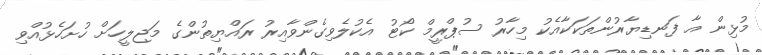
މުޅިން އާ ފަނޑިޔާރުންތަކަކާއެކު މިހާރު ސުޕްރީމް ކޯޓު އެކުލެވިގެންވާއިރު ރައްޔިތުންގެ މަޖިލީހަށް ހުށަހެޅުއްވި